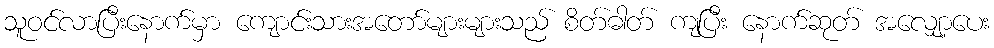
သူဝင်လာပြီးနောက်မှာ ကျောင်းသားအတော်များများသည် စိတ်ဓါတ် ကျပြီး နောက်ဆုတ် အလျှော့ပေး